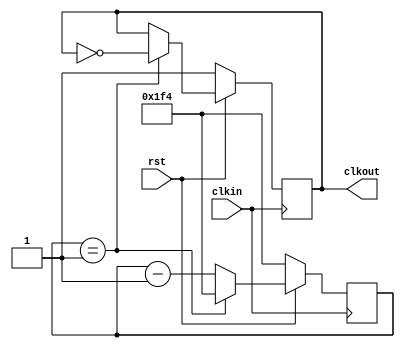
module freq(input clkin,output reg clkout,input rst);
	parameter cycle = 500;
	parameter size = 30;
	reg[size-1:0] cyc;
	
	
	initial begin
		clkout <= 1'b0;
		cyc <= cycle;
	end
	
	
	always @(posedge clkin) begin
		if(~rst) begin
			clkout <= 1'b1;
			cyc <= cycle;
		end
		else begin
			if(cyc == 1) begin
				clkout <= ~clkout;
				cyc <= cycle;
			end
			else cyc <= cyc - 1;
		end
	end
endmodule